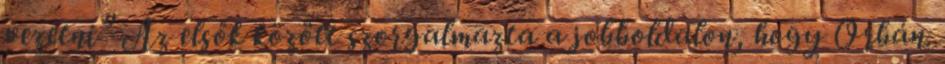
vezetni” Az elsők között szorgalmazta a jobboldalon, hogy Orbán.